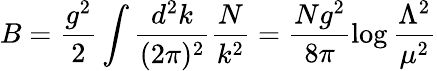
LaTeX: B=\frac{g^{2}}{2}\int\frac{d^{2}k}{(2\pi)^{2}}\frac{N}{k^{2}}=\frac{Ng^{2}}{8\pi}\log{\frac{\Lambda^{2}}{\mu^{2}}}